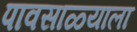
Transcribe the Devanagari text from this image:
पावसाळ्याला